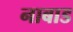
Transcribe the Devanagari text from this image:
नाबाड